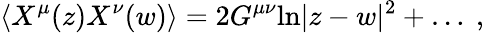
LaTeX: \langle X^{\mu}(z)X^{\nu}(w)\rangle=2G^{\mu\nu}\mathrm{ln}|z-w|^{2}+\dots~,